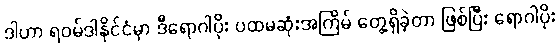
ဒါဟာ ရဝမ်ဒါနိုင်ငံမှာ ဒီရောဂါပိုး ပထမဆုံးအကြိမ် တွေ့ရှိခဲ့တာ ဖြစ်ပြီး ရောဂါပိုး